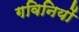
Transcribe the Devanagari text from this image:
गविनियों